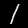
Digit: 1